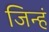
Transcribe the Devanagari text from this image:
जिन्हं